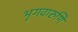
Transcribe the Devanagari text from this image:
भृगवारुणि